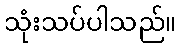
သုံးသပ်ပါသည်။